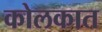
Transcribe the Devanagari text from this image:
कोलकात